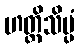
ဟတ္ထိသိပ္ပံ